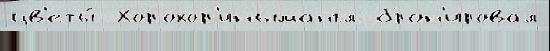
цв'еты́  Хорохор'инымангл брон'ировал